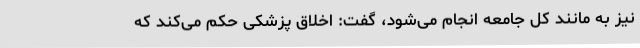
نیز به مانند کل جامعه انجام می‌شود، گفت: اخلاق پزشکی حکم می‌کند که